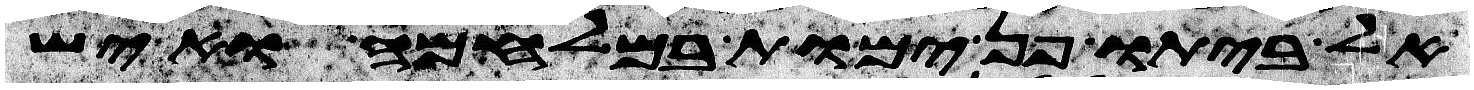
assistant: לביתו פן ימות במלחמה ואיש